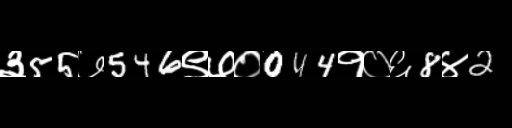
Text: ३55७546९७०044१०६8४2